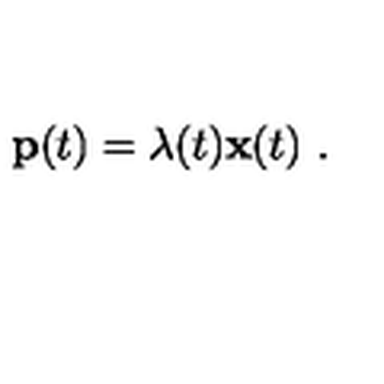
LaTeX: { \bf p } ( t ) = \lambda ( t ) { \bf x } ( t ) \ .